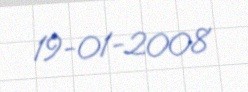
19-01-2008